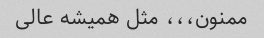
ممنون،،، مثل همیشه عالی